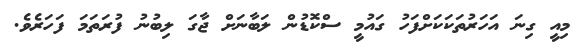
މިއީ ގިނަ އަހަރުތަކަކަށްފަހު ގައުމީ ސްކޮޑުން ލަބާނަށް ޖާގަ ލިބުނު ފުރަތަމަ ފަހަރެވެ.